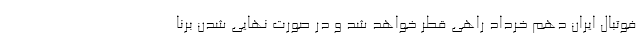
فوتبال ایران دهم خرداد راهی قطر خواهد شد و در صورت نهایی شدن برنا